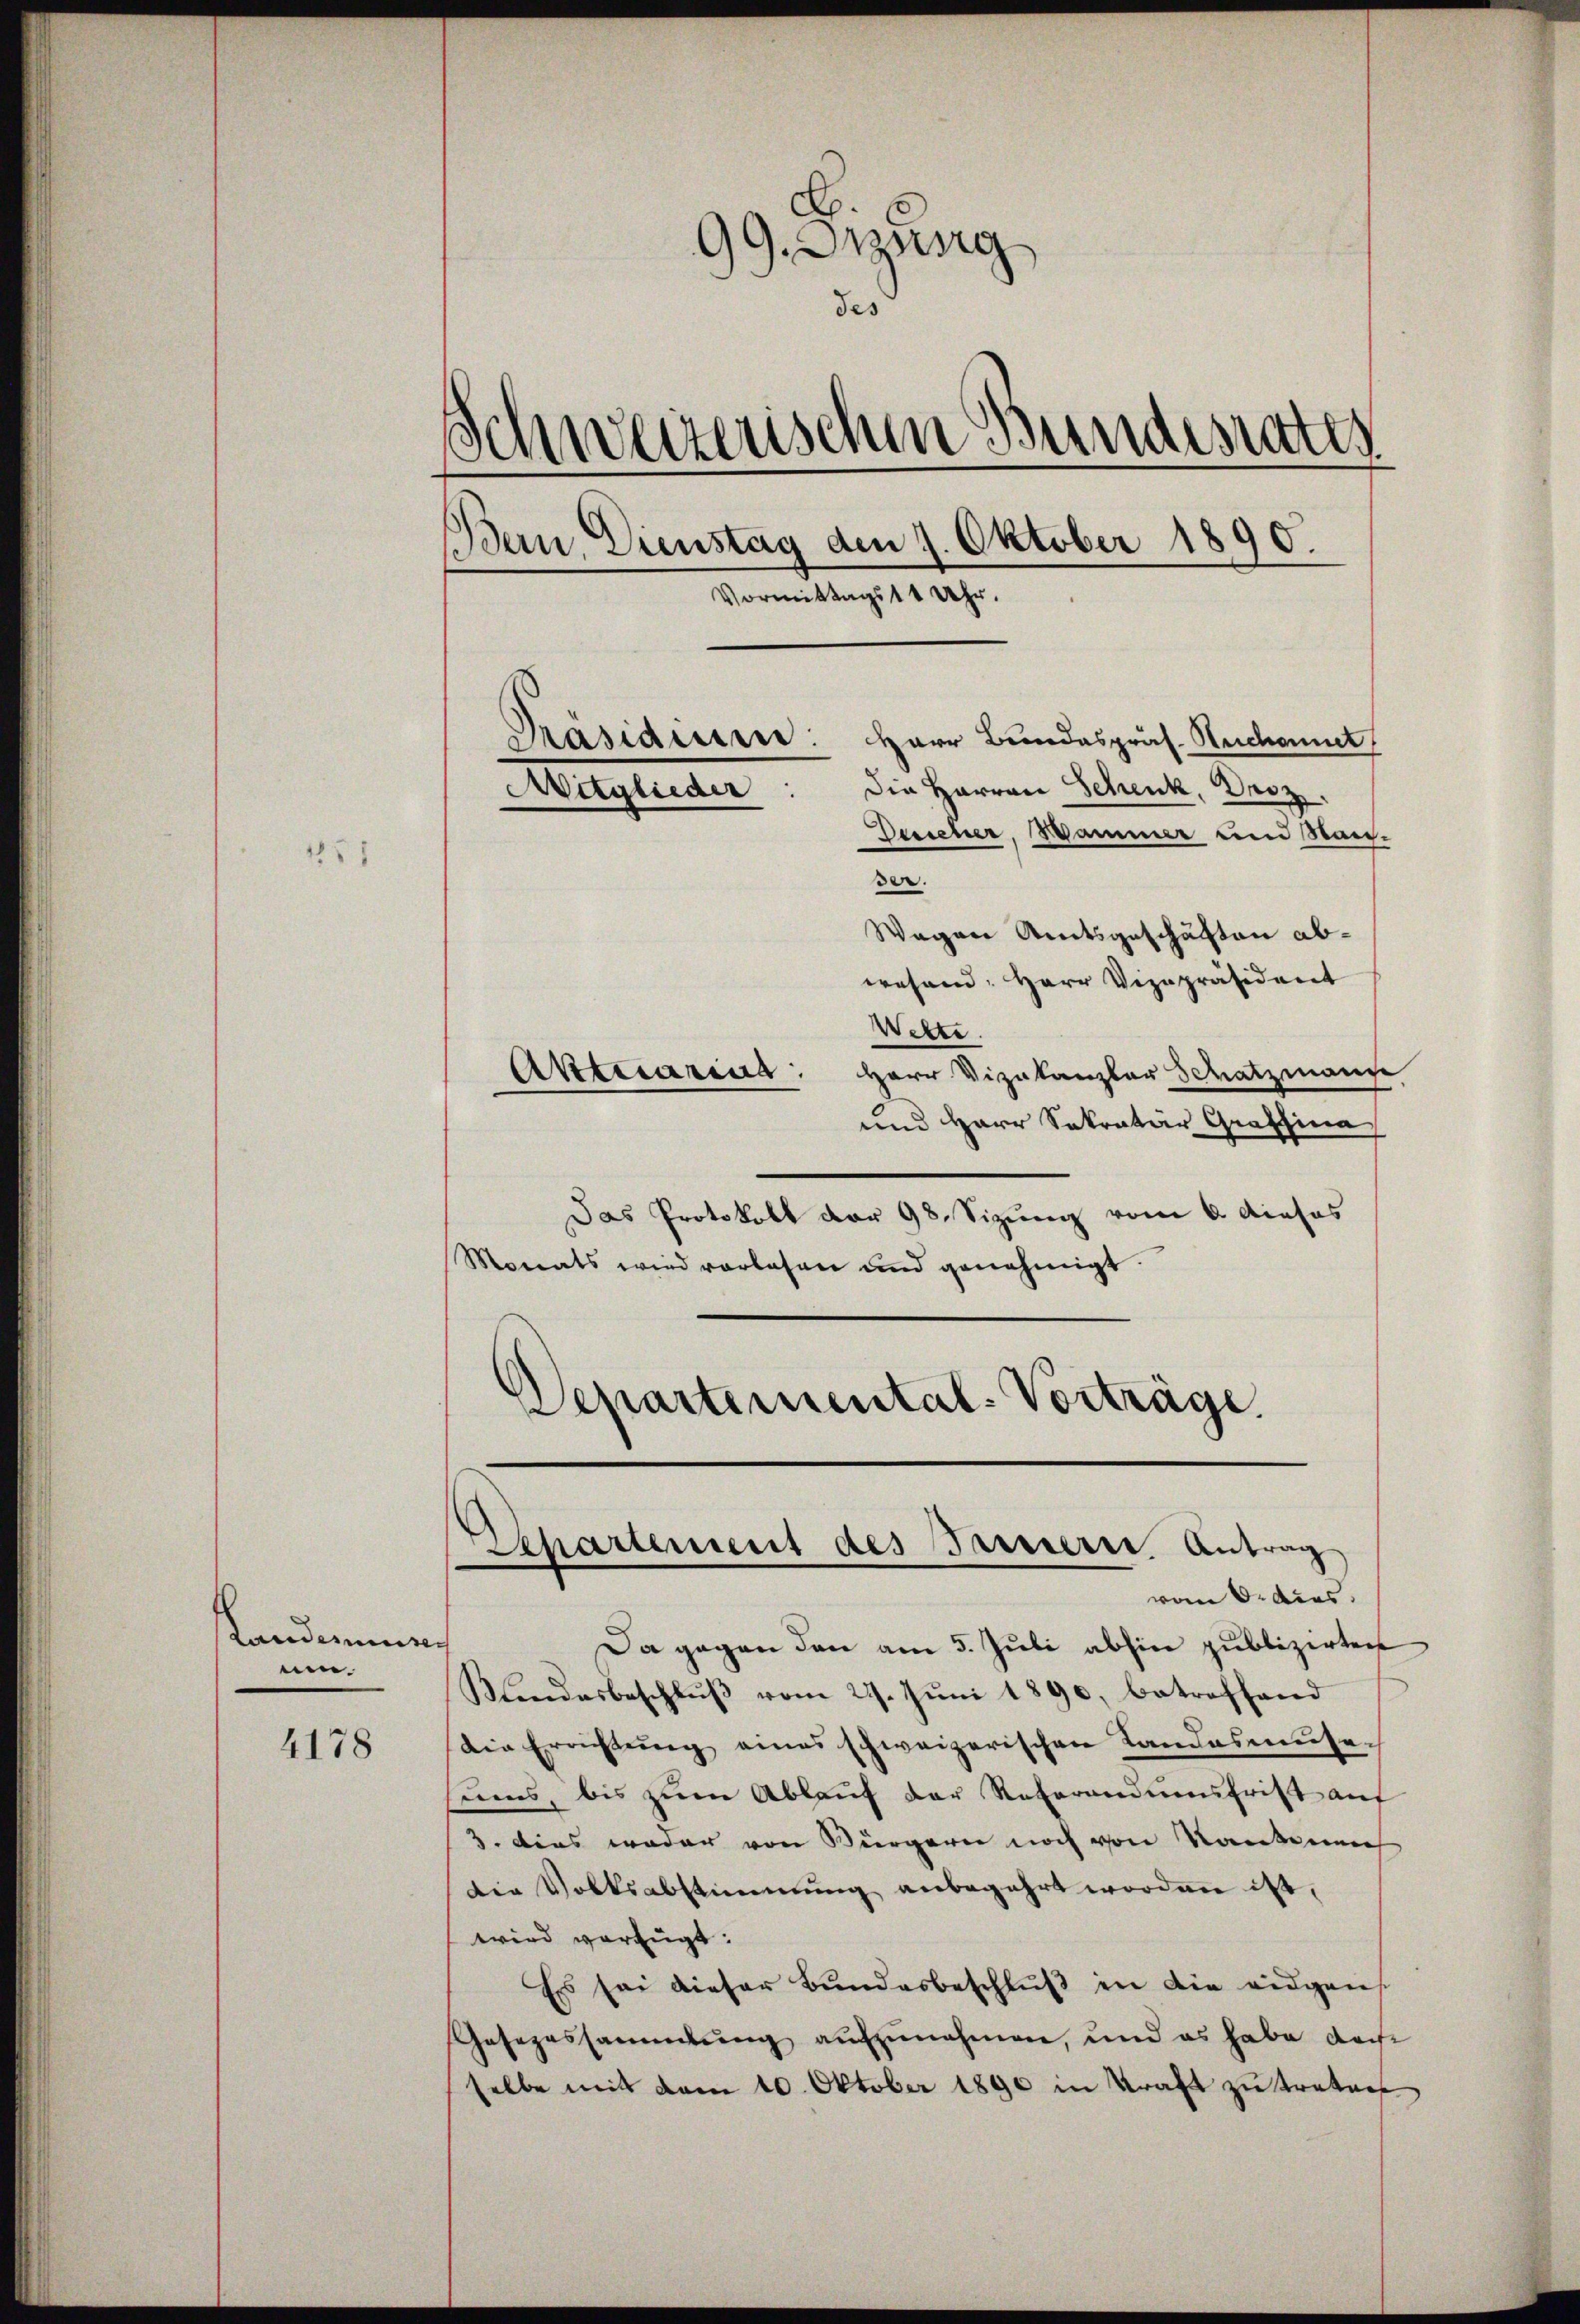
99. Sitzung
des
Schweizerischen Bundesrates
Bern, Dienstag den 7. Oktober 1890.
Vormittags 11 Uhr.
Präsidissnie: Herr Bundespräs. Rechanit
die Harron Schenk, Droz,
Mitglieder
Duscher, Hammer und Stan¬

ser.
Wagen Amtsgeschäften abwesend: Herr Vizepräsident
Wette.
Akttecarius: Herr Vizekanzler Schatzmann
und Herr Sekretär Graffina
Das Protokoll der 98. Sizung vom 6. dieses
Monats wird vorlesen und genehmigt.

Departemental-Vorträge
Dechartement des Barrierer Antrag
vom 6. dies

Da gegen den am 5. Juli abhin publizirten
Klendesbeschlŭβ vom 21. Jŭni 1890, betreffend
Die Errichtŭng eines schweizerischen Landasmŭse-
sinns, bis zŭm Ablaŭf der Referandinfrist auf
3. Dies weder von Bürgern noch von Kantonen
Die Volksabstimmung anbegehrt worden ist,
wird verfügt:
Es sei dieser Bŭndesbeschlŭβ in die eidgen.
Gesezessammlung aufzunehmen, und es habe dar
selbe mit dem 10. Oktober 1890 in Kraft zu treten

Landessen
nen.

4178